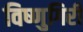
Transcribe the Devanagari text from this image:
विष्णुगिरी